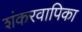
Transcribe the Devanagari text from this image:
शंकरवापिका